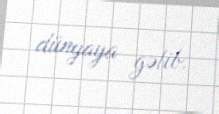
dünyaya gəlib.